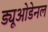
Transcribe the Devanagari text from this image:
ड्यूओडेनल